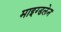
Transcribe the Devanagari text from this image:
माइग्डलेन